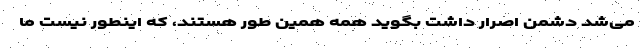
می‌شد دشمن اصرار داشت بگوید همه همین طور هستند، که اینطور نیست ما